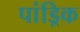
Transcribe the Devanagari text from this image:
पांड्रिक